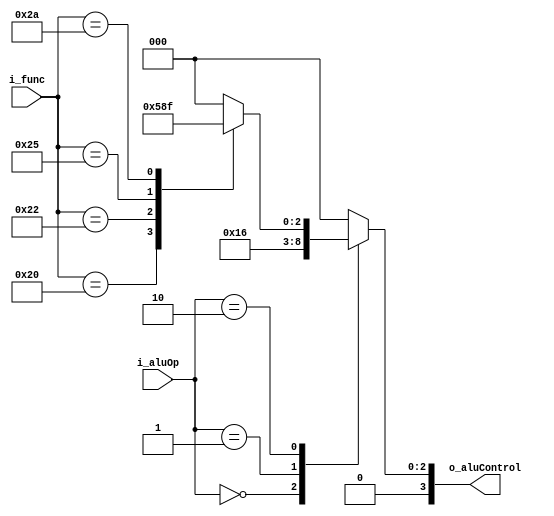
module aluControl(i_aluOp, i_func, o_aluControl);
 
input       [1:0]   i_aluOp;
input       [5:0]   i_func;
output  reg [3:0]   o_aluControl;
  
	parameter LWSW = 2'b00, BE = 2'b01, R = 2'b10;
	parameter ADD = 4'b0010, SUB = 4'b0110, AND = 4'b0000, OR = 4'b0001, SOLT = 4'b0111;
	
	always @(i_aluOp, i_func) begin
		case(i_aluOp)
			LWSW: o_aluControl = ADD;
			BE: o_aluControl = SUB;
			R:
				case(i_func)
					6'b100000: o_aluControl = ADD;
					6'b100010: o_aluControl = SUB;
					6'b100100: o_aluControl = AND;
					6'b100101: o_aluControl = OR;
					6'b101010: o_aluControl = SOLT;
					default: o_aluControl = 4'b0000;
				endcase
			default: o_aluControl = 4'b0000;
		endcase
	end
	
endmodule